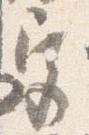
宮